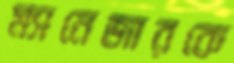
ম্যানেজারকে